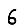
Digit: 6